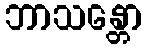
ဘာသန္တော